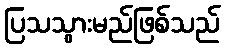
ပြသသွားမည်ဖြစ်သည်